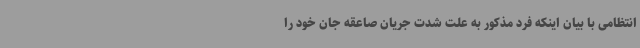
انتظامی با بیان اینکه فرد مذکور به علت شدت جریان صاعقه جان خود را